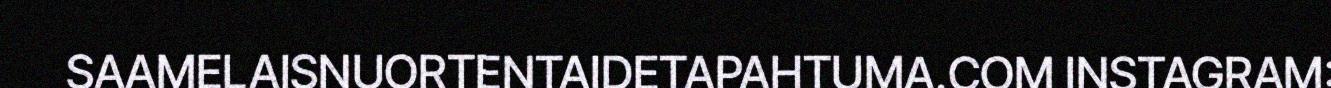
SAAMELAISNUORTENTAIDETAPAHTUMA.COM INSTAGRAM: